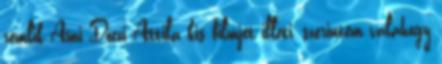
rémlik Ami Dóczi Attila kis filmjét illeti, szerintem valahogy